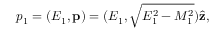
p _ { 1 } = ( E _ { 1 } , \mathbf { p } ) = ( E _ { 1 } , \sqrt { E _ { 1 } ^ { 2 } - M _ { 1 } ^ { 2 } } ) \hat { \mathbf { z } } ,